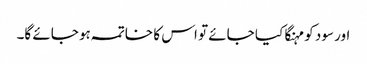
اور سود کو مہنگا کیا جائے تو اس کا خاتمہ ہو جائے گا۔